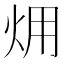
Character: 㶲